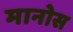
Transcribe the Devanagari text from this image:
मानोस